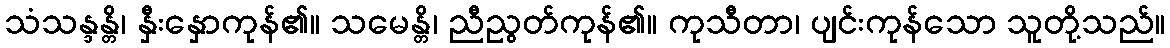
သံသန္ဒန္တိ၊ နှီးနှောကုန်၏။ သမေန္တိ၊ ညီညွတ်ကုန်၏။ ကုသီတာ၊ ပျင်းကုန်သော သူတို့သည်။